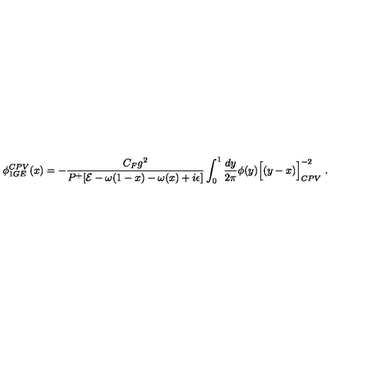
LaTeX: \phi _ { 1 G E } ^ { C P V } ( x ) = - { \frac { C _ { F } g ^ { 2 } } { P ^ { + } [ { \cal E } - \omega ( 1 - x ) - \omega ( x ) + i \epsilon ] } } \int _ { 0 } ^ { 1 } { \frac { d y } { 2 \pi } } \phi ( y ) { \Big [ ( y - x ) \Big ] } _ { C P V } ^ { - 2 } \ .